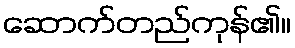
ဆောက်တည်ကုန်၏။